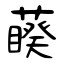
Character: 藈